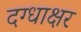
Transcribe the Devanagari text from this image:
दग्धाक्षर